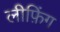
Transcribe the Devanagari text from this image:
लीफ़िंग